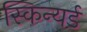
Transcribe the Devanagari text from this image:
स्किन्यर्ड